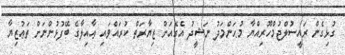
ގުޅިގެން ރައީސުލްޖުމްހޫރިއްޔާ މުޙަންމަދު ނަޝީދު އެގެއަށް ޒިޔާރަތް ކުރައްވައި ޢާއިލާގެ ބޭފުޅުންނަށް ތަޢުޒިޔާ